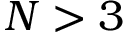
N > 3